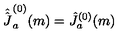
\hat { \hat { J ^ { } } } _ { a } ^ { ( 0 ) } ( m ) = \hat { J } _ { a } ^ { ( 0 ) } ( m )